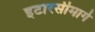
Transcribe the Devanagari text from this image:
इटारसीमार्गे